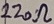
Text: 220Ω